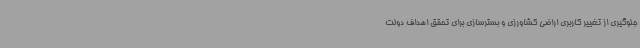
جلوگیری از تغییر کاربری اراضی کشاورزی و بسترسازی برای تحقق اهداف دولت